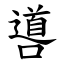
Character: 噵